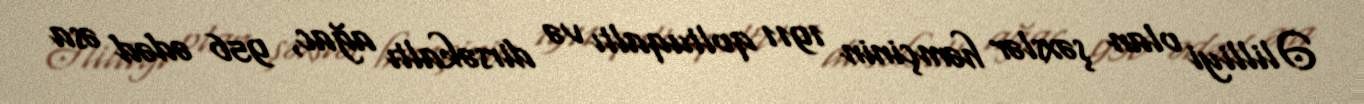
Əlilliyi olan şəxslər həmçinin 1911 qoltuqaltı və dirsəkaltı ağac, 956 ədəd əsa